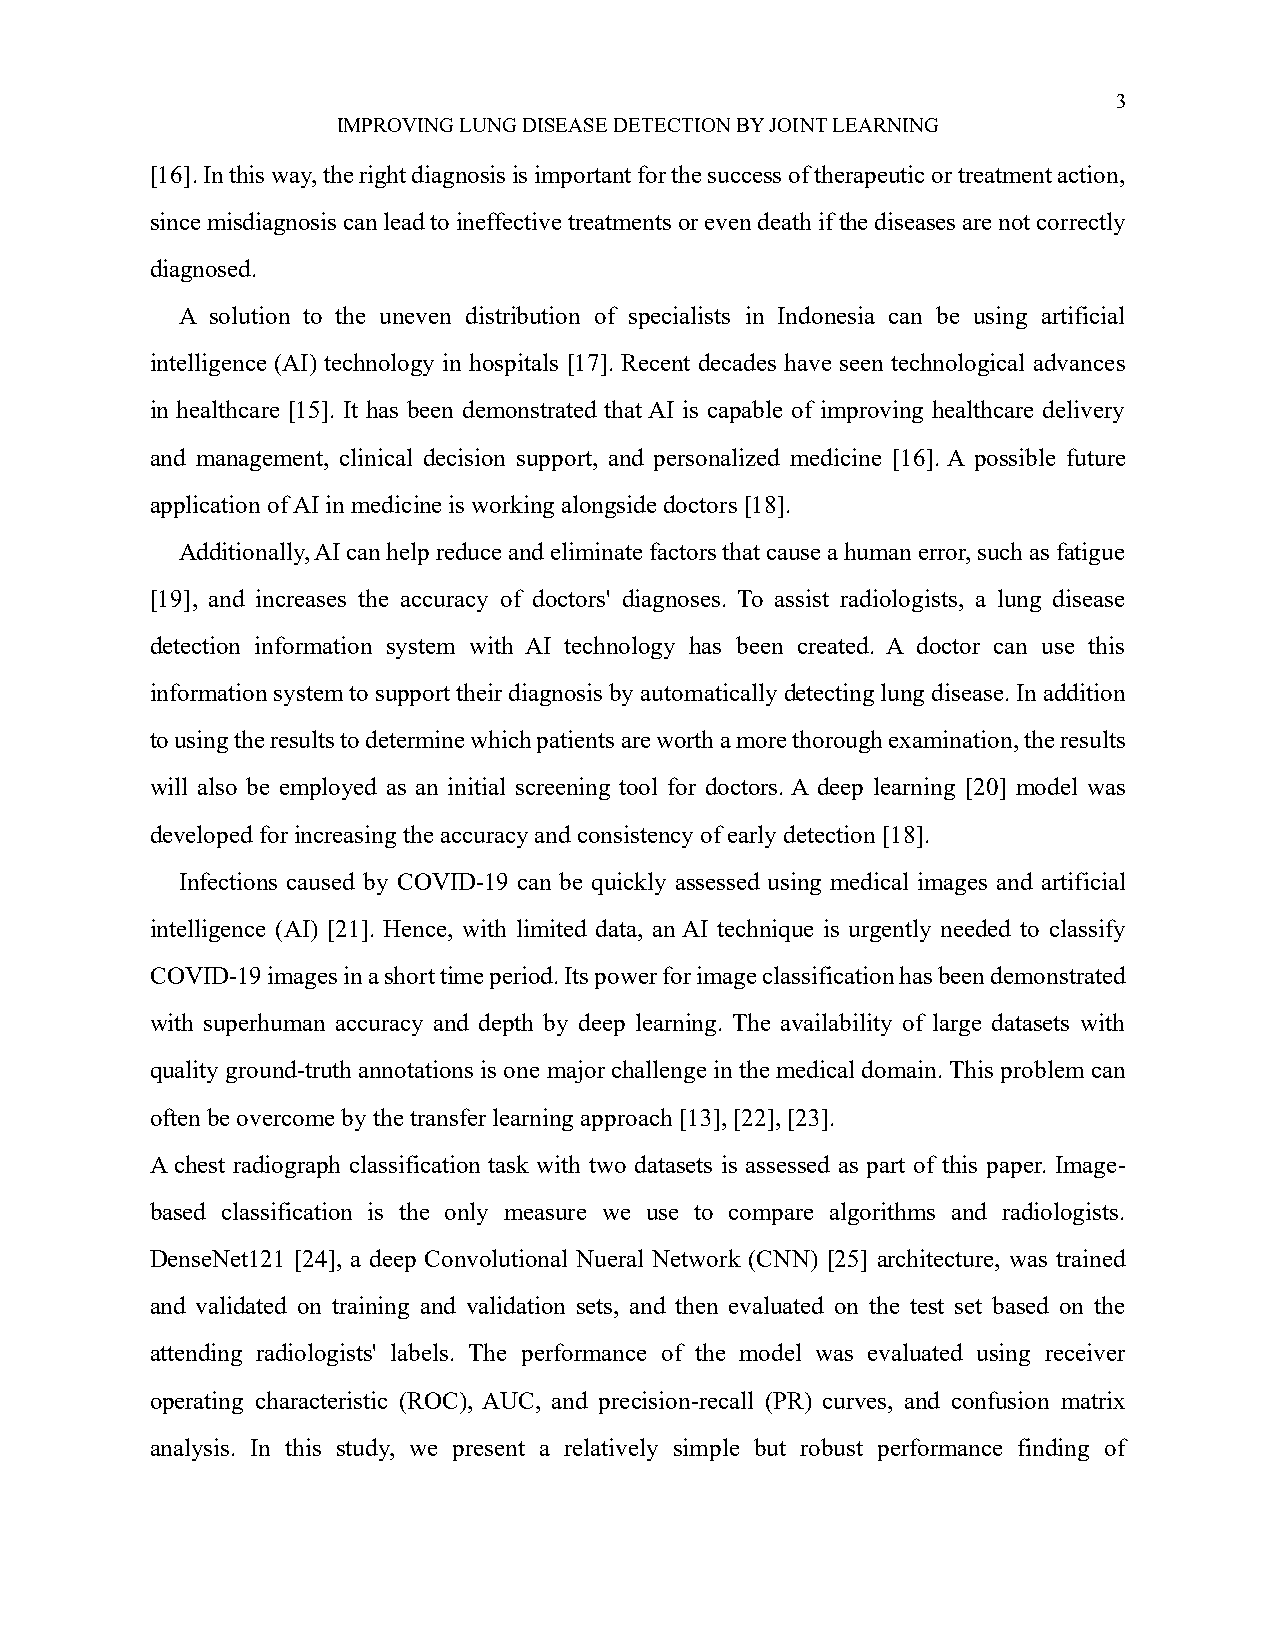
3
 IMPROVING LUNG DISEASE DETECTION BY JOINT LEARNING
 [16]. In this way, the right diagnosis is important for the success of therapeutic or treatment action,
 since misdiagnosis can lead to ineffective treatments or even death if the diseases are not correctly
 diagnosed.
 A solution to the uneven distribution of specialists in Indonesia can be using artificial
 intelligence (AI) technology in hospitals [17]. Recent decades have seen technological advances
 in healthcare [15]. It has been demonstrated that AI is capable of improving healthcare delivery
 and management, clinical decision support, and personalized medicine [16]. A possible future
 application of AI in medicine is working alongside doctors [18].
 Additionally, AI can help reduce and eliminate factors that cause a human error, such as fatigue
 [19], and increases the accuracy of doctors' diagnoses. To assist radiologists, a lung disease
 detection information system with AI technology has been created. A doctor can use this
 information system to support their diagnosis by automatically detecting lung disease. In addition
 to using the results to determine which patients are worth a more thorough examination, the results
 will also be employed as an initial screening tool for doctors. A deep learning [20] model was
 developed for increasing the accuracy and consistency of early detection [18].
 Infections caused by COVID-19 can be quickly assessed using medical images and artificial
 intelligence (AI) [21]. Hence, with limited data, an AI technique is urgently needed to classify
 COVID-19 images in a short time period. Its power for image classification has been demonstrated
 with superhuman accuracy and depth by deep learning. The availability of large datasets with
 quality ground-truth annotations is one major challenge in the medical domain. This problem can
 often be overcome by the transfer learning approach [13], [22], [23].
 A chest radiograph classification task with two datasets is assessed as part of this paper. Image-
 based classification is the only measure we use to compare algorithms and radiologists.
 DenseNet121 [24], a deep Convolutional Nueral Network (CNN) [25] architecture, was trained
 and validated on training and validation sets, and then evaluated on the test set based on the
 attending radiologists' labels. The performance of the model was evaluated using receiver
 operating characteristic (ROC), AUC, and precision-recall (PR) curves, and confusion matrix
 analysis. In this study, we present a relatively simple but robust performance finding of